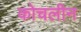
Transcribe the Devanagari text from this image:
कोचलीन